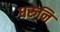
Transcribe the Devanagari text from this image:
धरुनि